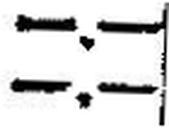
—.—